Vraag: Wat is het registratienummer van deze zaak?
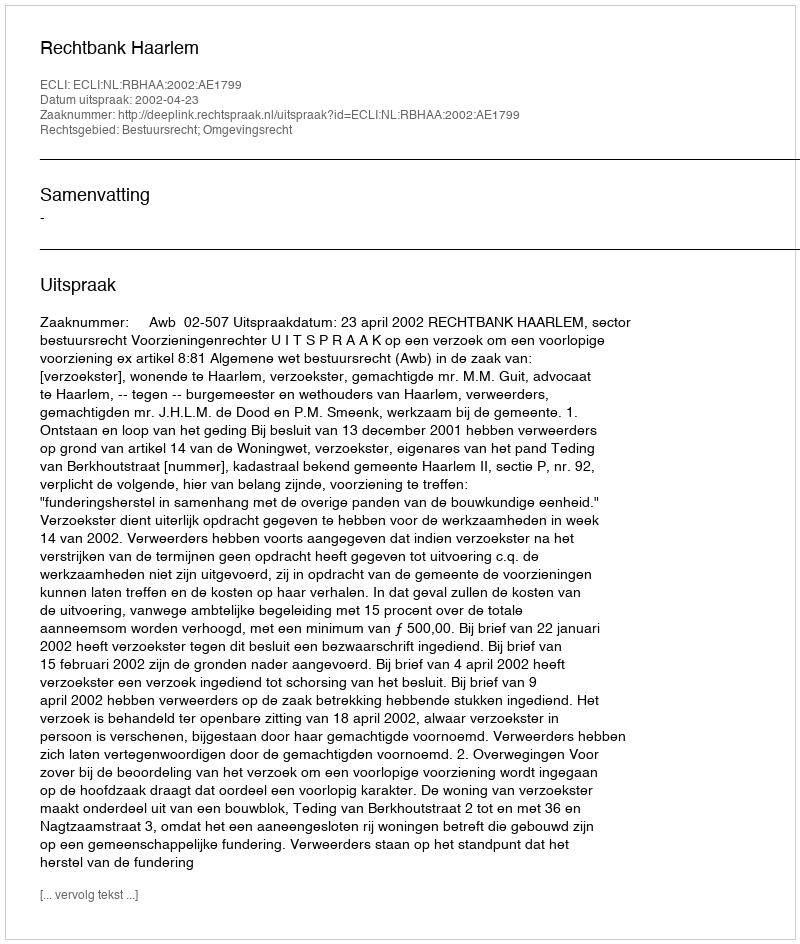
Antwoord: http://deeplink.rechtspraak.nl/uitspraak?id=ECLI:NL:RBHAA:2002:AE1799